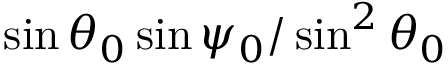
\sin \theta _ { 0 } \sin \psi _ { 0 } / \sin ^ { 2 } \theta _ { 0 }